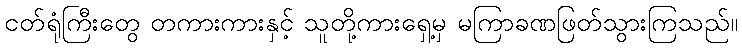
ငတ်ရုံကြီးတွေ တကားကားနှင့် သူတို့ကားရှေ့မှ မကြာခဏဖြတ်သွားကြသည်။